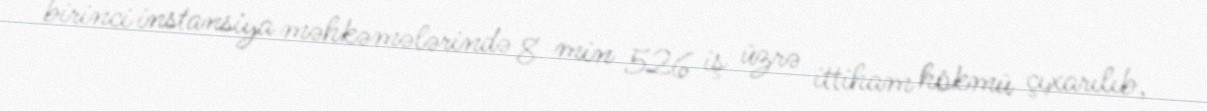
birinci instansiya məhkəmələrində 8 min 526 iş üzrə ittiham hökmü çıxarılıb,